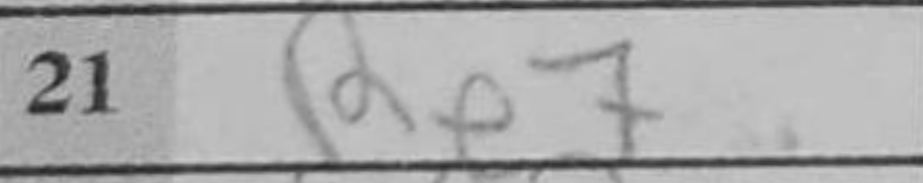
Transcription: Re7